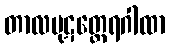
တာလပုဋတ္ထေရဂါထာ